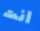
انت